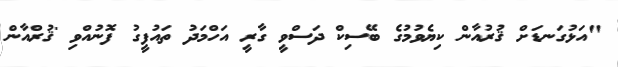
"އަޅުގަނޑަށް ޤުރުއާން ކިޔެވުމުގެ ބޭސިކް ދަސްވީ ގާރީ އަހްމަދު ތައުފީގު ފޮނުއްވި 'ޤުރްއާން